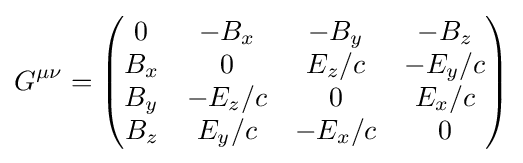
G^{\mu \nu }={\begin{pmatrix}0&-B_{x}&-B_{y}&-B_{z}\\B_{x}&0&E_{z}/c&-E_{y}/c\\B_{y}&-E_{z}/c&0&E_{x}/c\\B_{z}&E_{y}/c&-E_{x}/c&0\end{pmatrix}}